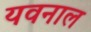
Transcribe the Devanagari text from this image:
यवनाल